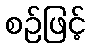
စဉ်ဖြင့်